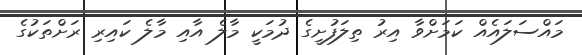
މައްސަލައެއް ކަމަށްވާ އިރު ތިލަފުށީގެ ދުމަކީ މާލެ އާއި މާލެ ކައިރި ރަށްތަކުގެ